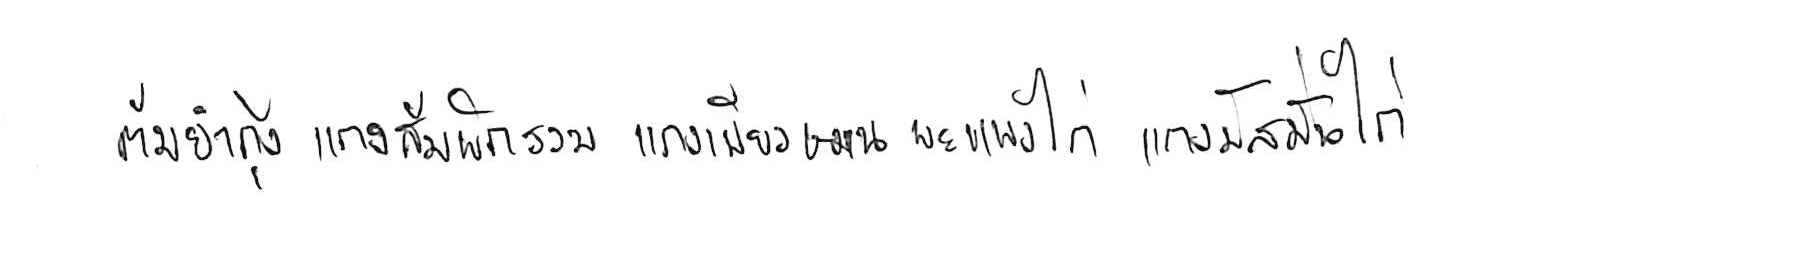
ต้มยำกุ้ง แกงส้มผักรวม แกงเขียวหวาน พะแนงไก่ แกงมัสมั่นไก่